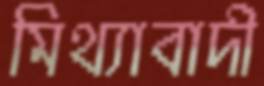
মিথ্যাবাদী